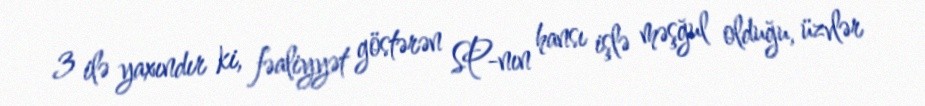
3 ilə yaxındır ki, fəaliyyət göstərən SP-nın hansı işlə məşğul olduğu, üzvlər